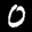
Label: 0